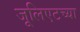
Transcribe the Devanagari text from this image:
जूलिएटच्या